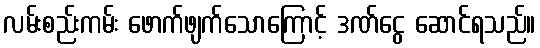
လမ်းစည်းကမ်း ဖောက်ဖျက်သောကြောင့် ဒဏ်ငွေ ဆောင်ရသည်။